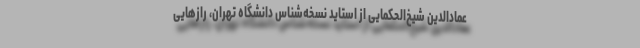
عمادالدین شیخ‌الحکمایی از استاید نسخه‌شناس دانشگاه تهران، رازهایی